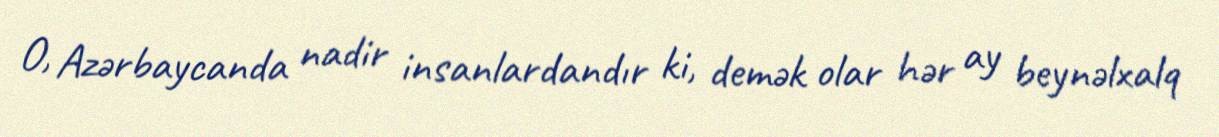
O, Azərbaycanda nadir insanlardandır ki, demək olar hər ay beynəlxalq